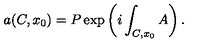
a ( C , x _ { 0 } ) = P \exp \left( i \int _ { C , x _ { 0 } } A \right) .